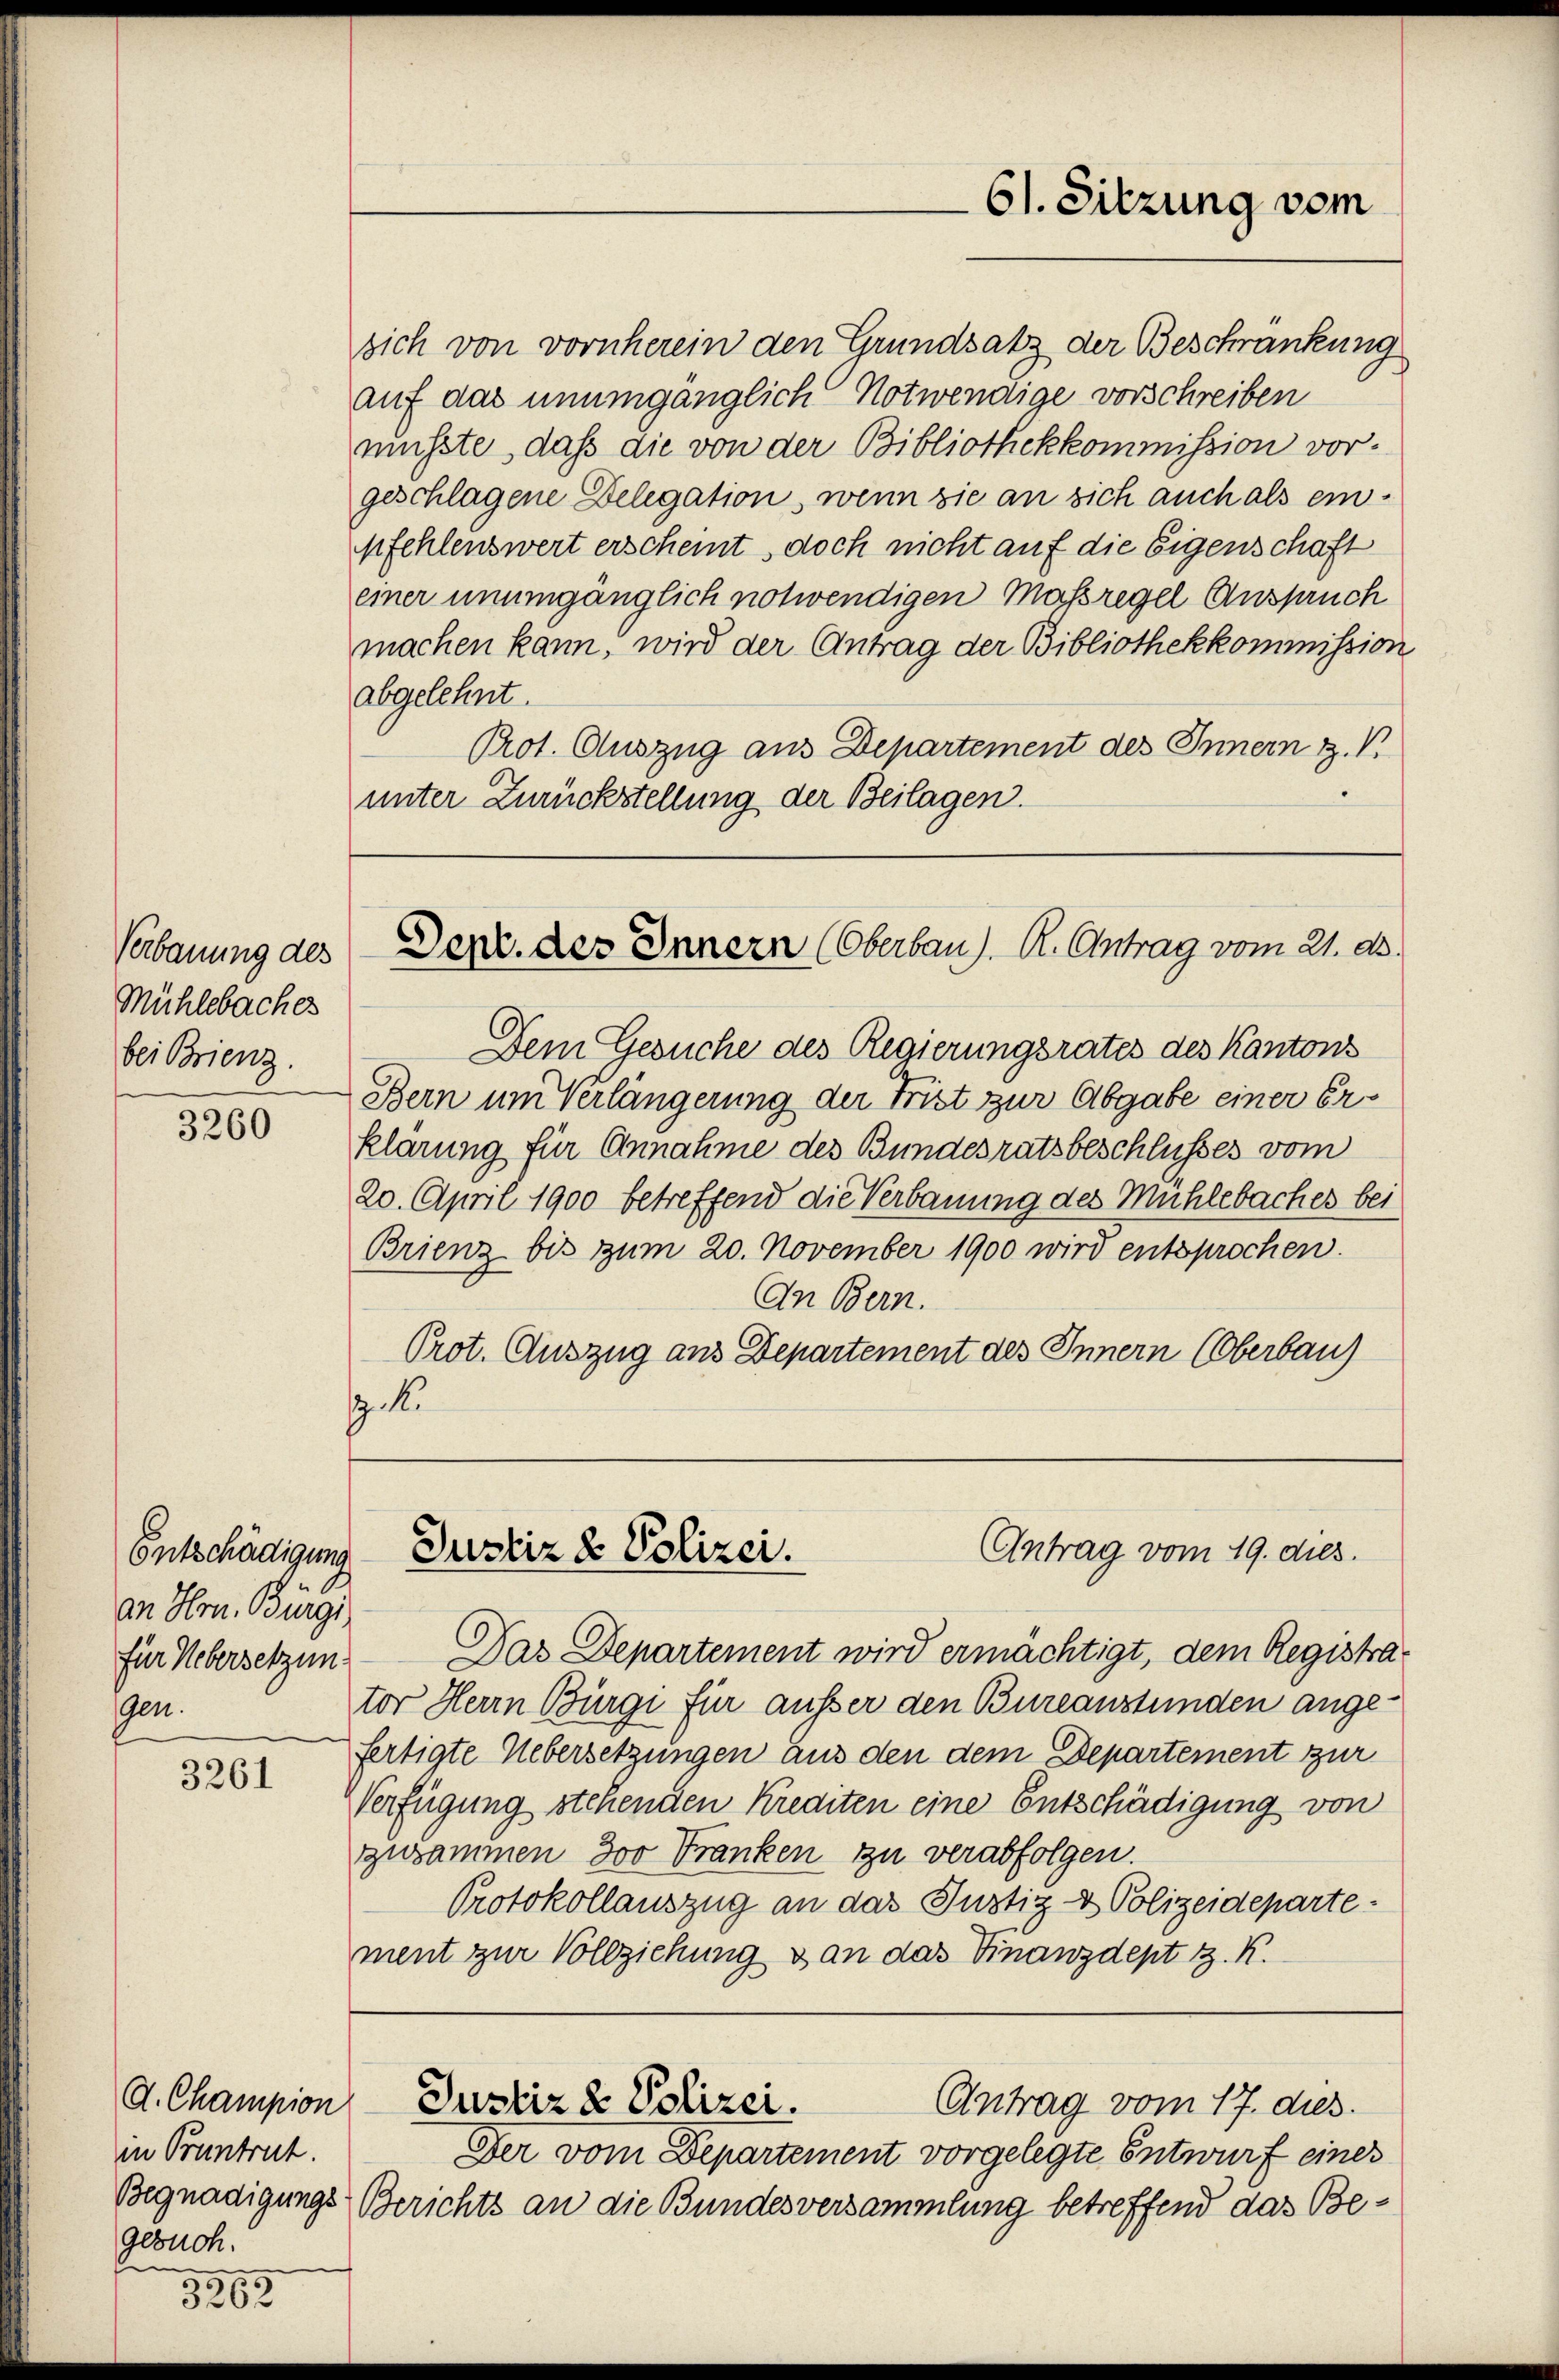
Verbauung des
Mühlebaches
bei Brienz.

3260

Entschädigung
an Hrn. Burgi
für Uebersetzung
Gen.

3261

d. Champion
in Pruntrut.
gebuch.

3353

61. Sitzung vom

sich von vornherein den Grundsatz der Beschränkung
auf das unumgänglich Notwendige vorschreiben
müsste, daß die von der Bibliothekkommission vorgeschlagene Delegation, wenn sie an sich auch als einpfehlenswert erscheint, doch nicht auf die Eigenschaft
einer unumgänglich notwendigen Massregel Anspruch
machen kann, wird der Antrag der Bibliothekkommission
abgelehnt.
Prot. Auszug aus Departement des Innern Z. V.
unter Zurückstellung der Beilagen.

Dem Gesuche des Regierungsrates des Kantons
Bern um Verlängerung der Frist zur Abgabe einer Erklärung für Annahme des Bundesratsbeschlusses vom
20. April 1900 betreffend die Verbauung des Mühlebaches bei
Brienz bis zum 20. November 1900 wird entsprochen.
An Bern.
Prot. Auszug aus Departement des Innern (Oberbau
.1.

Dept. des Innern (Oberbau). R. Antrag vom 21. ds.

Das Departement wird ermächtigt, dem Registrator Herrn Bürgi für ausser den Bureaustünden angefertigte Uebersetzungen aus den dem Departement zur
Verfügung stehenden Krediten eine Entschädigung von
zusammen 300 Franken zu verabfolgen.
Protokollauszug an das Justiz- & Polizeidepartement zur Vollziehung & an das Finanzdept v. K.

Antrag vom 19. dies.
Justiz & Polizei.

Antrag vom 17. dies
Justiz & Polizei.

Der vom Departement vorgelegte Entwurf eines
Begnadigungs-Berichts an die Bundesversammlung betreffend das Be¬